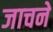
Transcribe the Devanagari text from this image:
जाचने